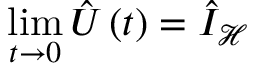
\operatorname * { l i m } _ { t \rightarrow 0 } \hat { U } \left( t \right) = \hat { I } _ { \mathcal { H } }